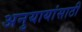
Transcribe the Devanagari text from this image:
अनुयायांसाठी